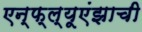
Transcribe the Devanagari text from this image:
एन्फ्ल्यूएंझाची